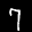
Label: 7